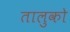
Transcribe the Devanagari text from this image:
तालुको